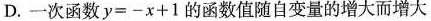
D.一次函数$$y = - x + 1$$的函数值随自变量的增大而增大